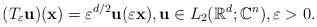
LaTeX: \begin{align*}(T_\varepsilon \mathbf{u})(\mathbf{x})=\varepsilon ^{d/2}\mathbf{u}(\varepsilon \mathbf{x}),\mathbf{u}\in L_2(\mathbb{R}^d;\mathbb{C}^n),\varepsilon >0.\end{align*}